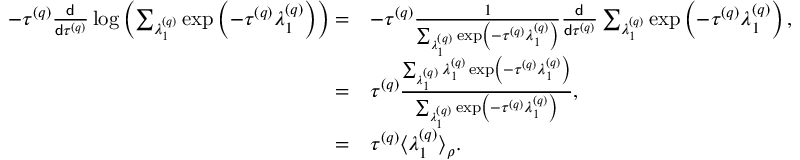
\begin{array} { r l } { - \tau ^ { \left( q \right) } \frac { \mathsf { d } } { \mathsf { d } \tau ^ { \left( q \right) } } \log \left( \sum _ { \lambda _ { 1 } ^ { \left( q \right) } } \exp \left( - \tau ^ { \left( q \right) } \lambda _ { 1 } ^ { \left( q \right) } \right) \right) = } & { - \tau ^ { \left( q \right) } \frac { 1 } { \sum _ { \lambda _ { 1 } ^ { \left( q \right) } } \exp \left( - \tau ^ { \left( q \right) } \lambda _ { 1 } ^ { \left( q \right) } \right) } \frac { \mathsf { d } } { \mathsf { d } \tau ^ { \left( q \right) } } \sum _ { \lambda _ { 1 } ^ { \left( q \right) } } \exp \left( - \tau ^ { \left( q \right) } \lambda _ { 1 } ^ { \left( q \right) } \right) , } \\ { = } & { \tau ^ { \left( q \right) } \frac { \sum _ { \lambda _ { 1 } ^ { \left( q \right) } } \lambda _ { 1 } ^ { \left( q \right) } \exp \left( - \tau ^ { \left( q \right) } \lambda _ { 1 } ^ { \left( q \right) } \right) } { \sum _ { \lambda _ { 1 } ^ { \left( q \right) } } \exp \left( - \tau ^ { \left( q \right) } \lambda _ { 1 } ^ { \left( q \right) } \right) } , } \\ { = } & { \tau ^ { \left( q \right) } \big \langle \lambda _ { 1 } ^ { \left( q \right) } \big \rangle _ { \rho } . } \end{array}